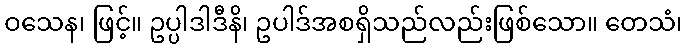
ဝသေန၊ ဖြင့်။ ဥပ္ပါဒါဒီနိ၊ ဥပါဒ်အစရှိသည်လည်းဖြစ်သော။ တေသံ၊